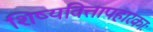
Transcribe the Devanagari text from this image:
शिष्यवित्तापहारकाः